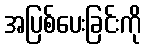
အပြစ်ပေးခြင်းကို